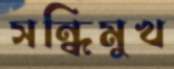
সন্ধিমুখ